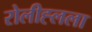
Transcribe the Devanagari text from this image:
रोलीह्लला